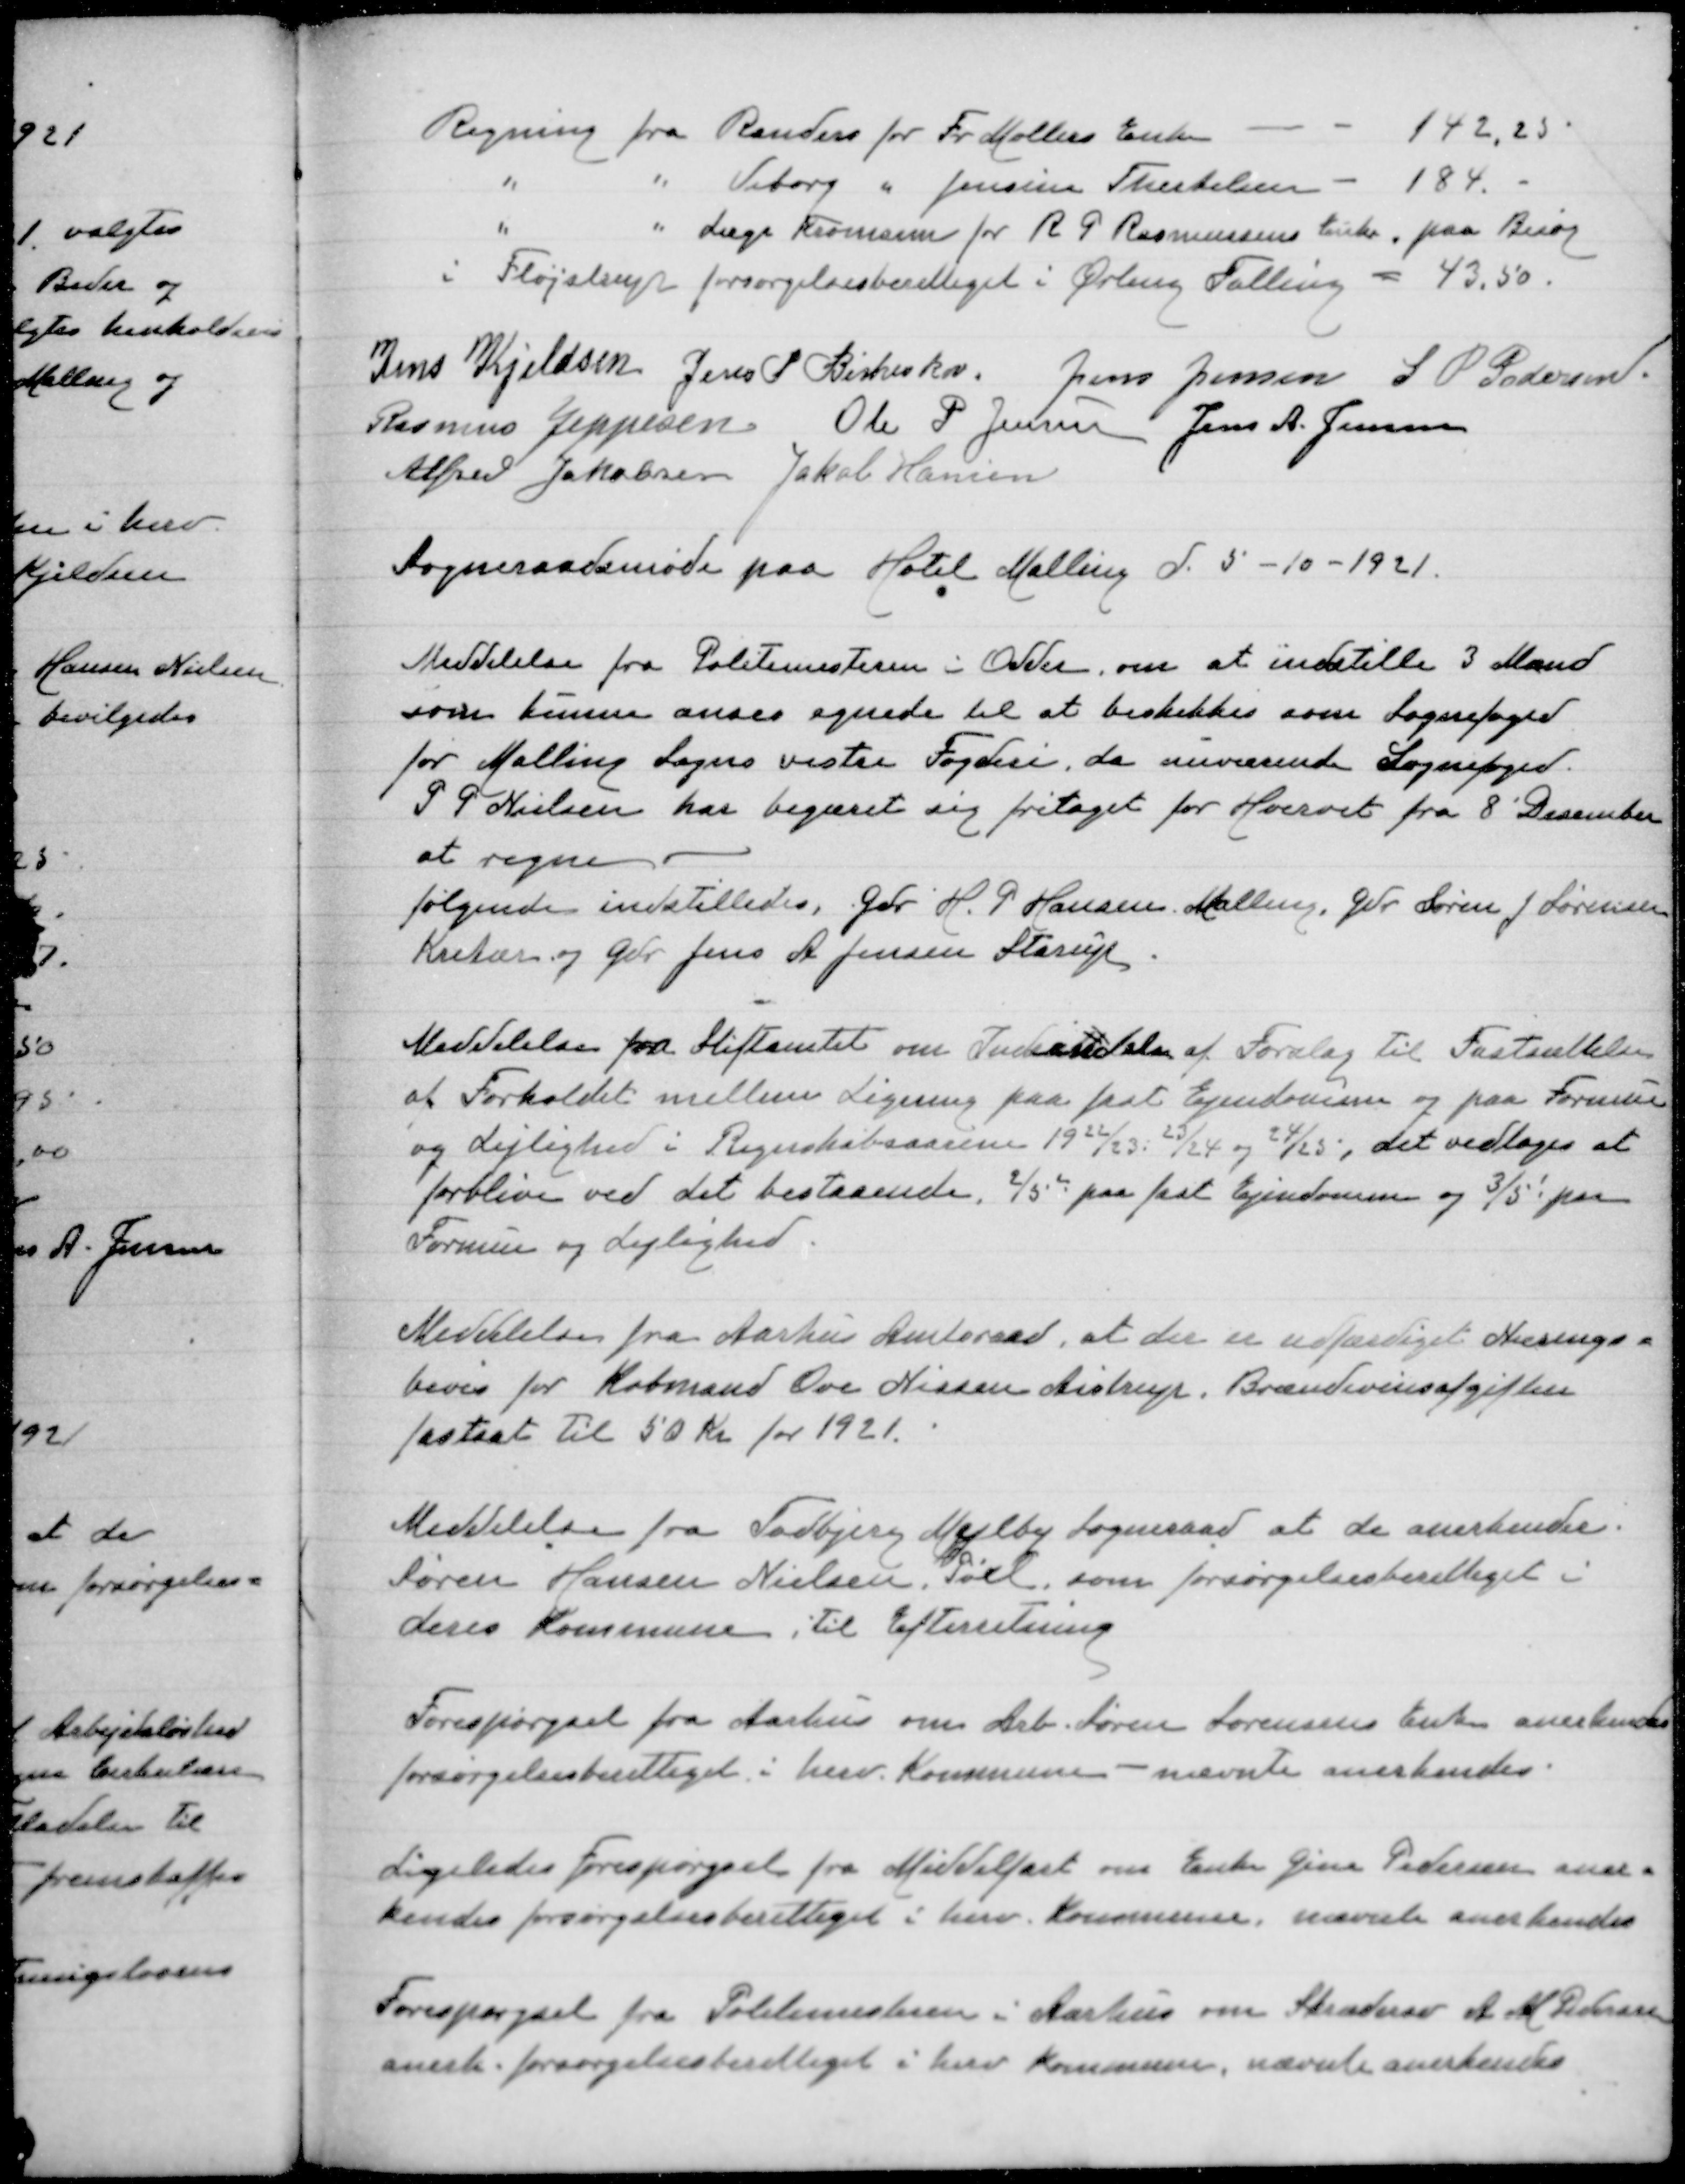
Transskription:
Regning fra Randers for Fr Møllers Enke 142,25
" " Viborg " Jensine Therkelsen 184,-
" " Læge Kromann for R G Rasmussens Enke, paa Besøg
i Fløjstrup forsørgelsesberettiget i Ørting Falling

Jens Kjeldsen
Jens P Birkeskov
Jens Jensen
S P Pedersen
Rasmus Jeppesen
Ole P Jensen
Jens A Jensen
Aælfred Jakobsen
Jakob Hansen

Sogneraadsmøde paa Hotel Malling d 5-10-1921

Meddelelse fra Politimesteren i Odder om at indstille 3 mænd
som kunne anses egnede til at beskikkes som Sognefoged
for Malling Sogns vestre Fogderi, da nuværende Sognefoged
P G Nielsen har begæret sig fritaget for Hvervet fra 8' December
at regne
Følgende indstilles, Gdr H P Hansen Malling, Gdr Søren J Sørensen
Krekær og Gdr Jens A Jensen Starup

Meddelelse fra Stiftamtet om Indsendelse af Forslag til Fastsættelse
af Forholdet mellem Ligning paa faste Ejendomme og paa Formue
og Lejlighed i Regnskabsaaret 1922/23, 23/24 og 24/25, det vedtoges at
forblive ved det bestaaende 2/5 paa fast Ejendomme og 3/5 paa
Formue og Lejlighed

Meddelelse fra Aarhus Amtsraad, at der er udfærdiget Nærings=
bevis for Købmand Ove Nielsen Aistrup. Brændevinsafgiften
fastsat til 50 Kr for 1921

Meddelelse fra Todbjerg Mejlby Sogneraad at de anerkender
Søren Hansen Nielsen Pøel som forsørgelsesberettiget i
deres Kommune, til Efterretning

Forespørgsel fra Aarhus om Arb Søren Sørensens Enke anerkendes
forsørgelsesberettiget i herv Kommune - nævnte anerkendes

Ligeledes Forespørgsel fra Middelfart om Enke Gina Pedersen aner=
kendes forsørgelsesberettiget i herv Kommune nævnte anerkendes

Forespørgsel fra Politimesteren i Aarhus om Skrædersv A M Pedersen
anerk forsørgelsesberettigret i herv Kommune, nævnte anerkendes